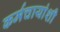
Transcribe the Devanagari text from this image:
कर्मचायांशी